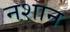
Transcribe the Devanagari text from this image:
नशान